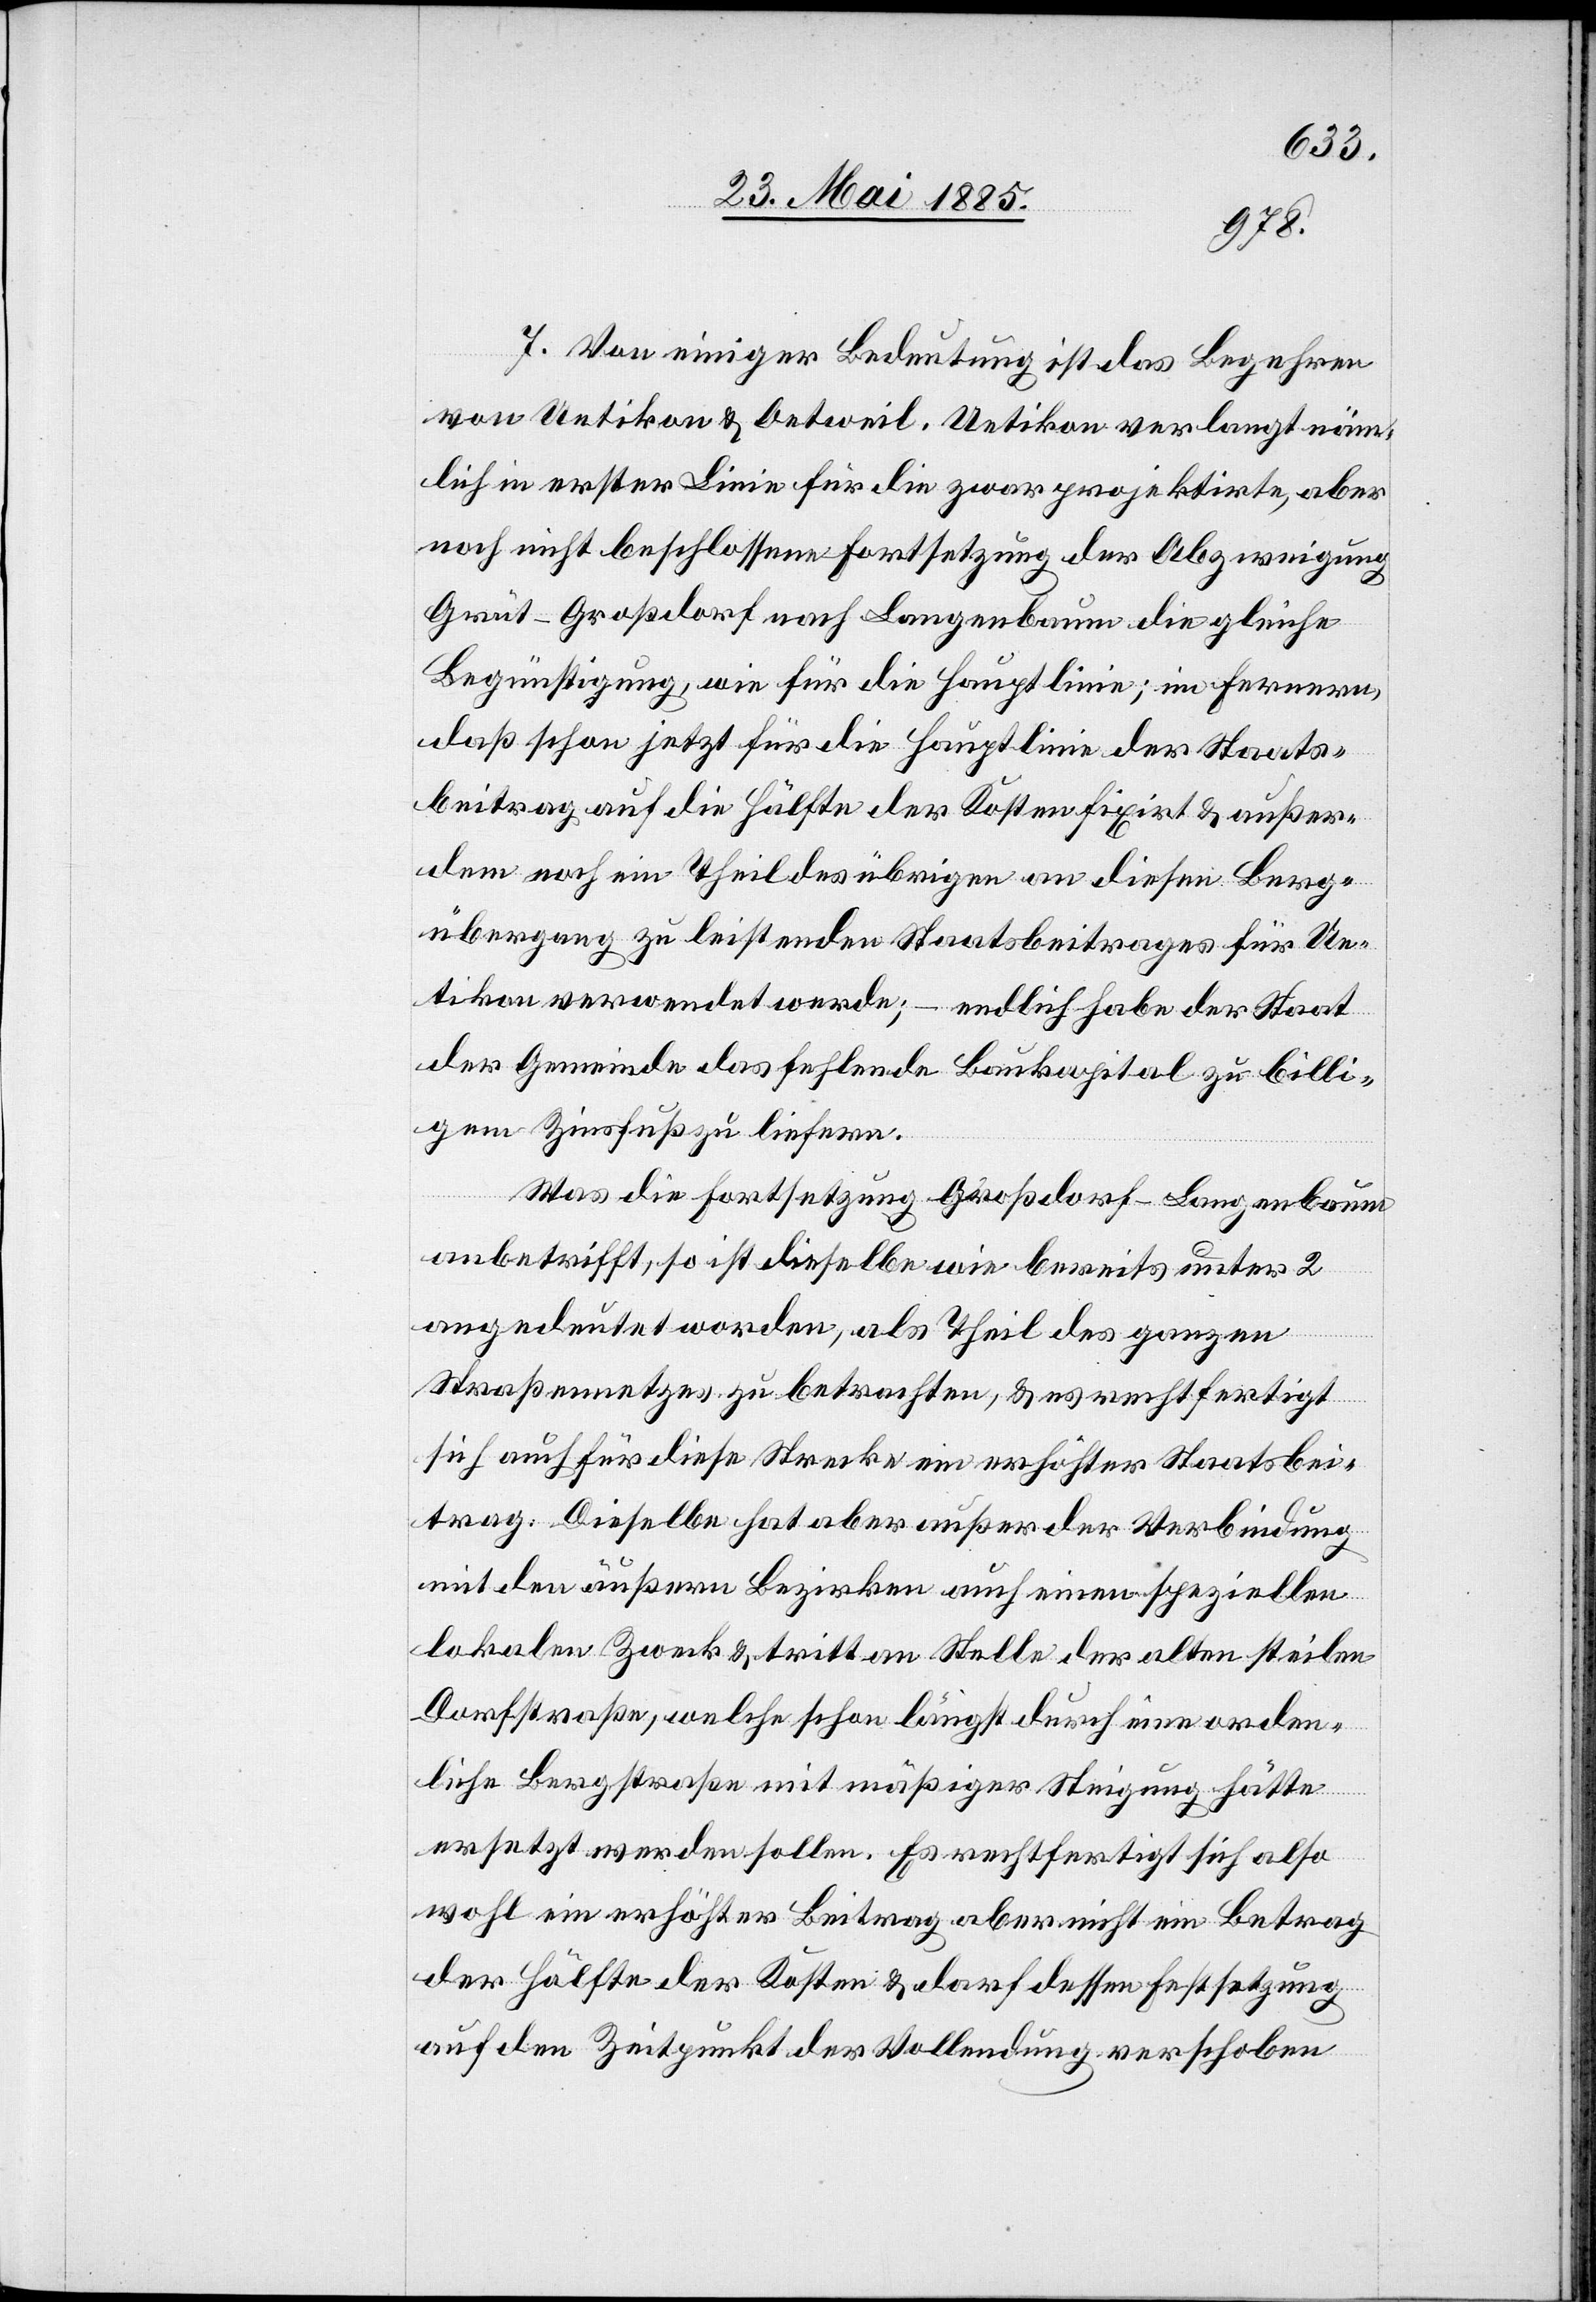
7. Von einiger Bedeutung ist das Begehren
von Uetikon & Oetweil. Uetikon verlangt näm¬
lich in erster Linie für die zwar projektirte, aber
noch nicht beschlossene Fortsetzung der Abzweigung
Grüt–Großdorf nach Langenbaum die gleiche
Begünstigung, wie für die Hauptlinie; im Fernern,
daß schon jetzt für die Hauptlinie der Staats¬
beitrag auf die Hälfte der Kosten fixirt & außer¬
dem noch ein Theil des übrigen an diesen Berg¬
übergang zu leistenden Staatsbeitrages für Ue¬
tikon verwendet werde; – endlich habe der Staat
der Gemeinde das fehlende Baukapital zu billi¬
gem Zinsfuß zu liefern.
Was die Fortsetzung Großdorf–Langenbaum
anbetrifft, so ist dieselbe wie bereits unter 2
angedeutet worden, als Theil des ganzen
Straßennetzes zu betrachten, & es rechtfertigt
sich auch für diese Strecke ein erhöhter Staatsbe¬
trag. Dieselbe hat aber außer der Verbindung
mit den äußern Bezirken auch einen speziellen
lokalen Zweck & tritt an Stelle der alten steilen
Dorfstraße, welche schon längst durch eine orden¬
tliche Bergstraße mit mäßiger Steigung hätte
ersetzt werden sollen. Es rechtfertigt sich also
wohl ein erhöhter Beitrag aber nicht ein Betrag
der Hälfte der Kosten & darf dessen Festsetzung
auf den Zeitpunkt der Vollendung verschoben